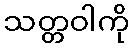
သတ္တဝါကို